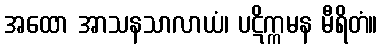
အထော အာသနသာလာယံ၊ ပဋိက္ကမန မီရိတံ။